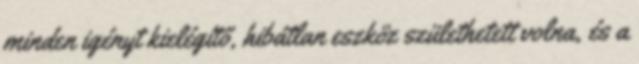
minden igényt kielégítő, hibátlan eszköz születhetett volna, és a